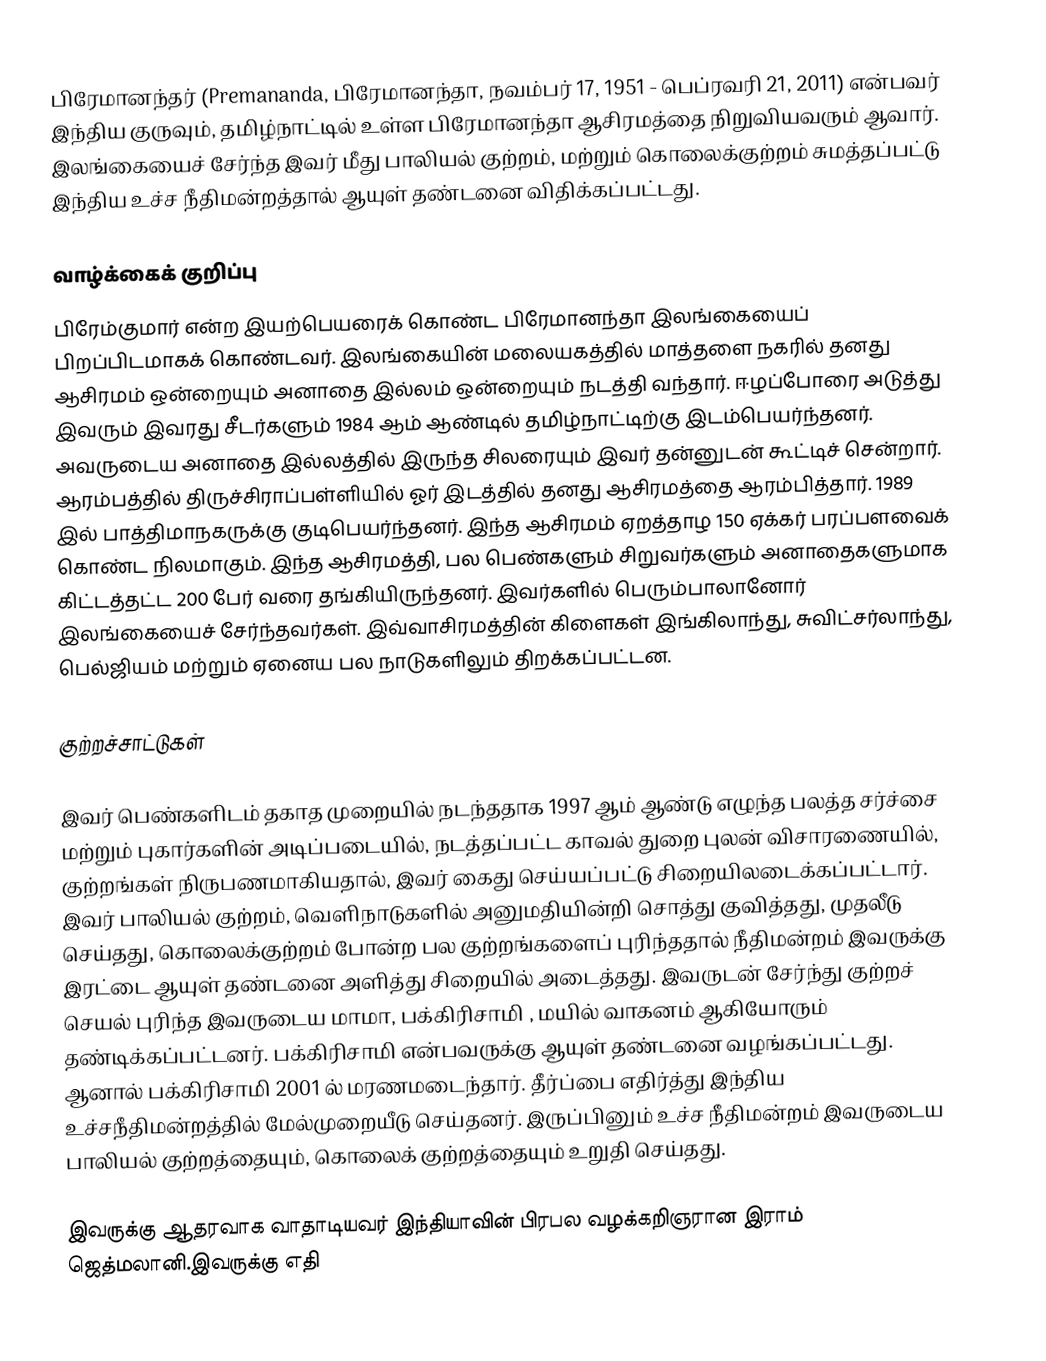
பிரேமானந்தர் (Premananda, பிரேமானந்தா, நவம்பர் 17, 1951 - பெப்ரவரி 21, 2011) என்பவர் இந்திய குருவும், தமிழ்நாட்டில் உள்ள பிரேமானந்தா ஆசிரமத்தை நிறுவியவரும் ஆவார். இலங்கையைச் சேர்ந்த இவர் மீது பாலியல் குற்றம், மற்றும் கொலைக்குற்றம் சுமத்தப்பட்டு இந்திய உச்ச நீதிமன்றத்தால் ஆயுள் தண்டனை விதிக்கப்பட்டது.

வாழ்க்கைக் குறிப்பு
பிரேம்குமார் என்ற இயற்பெயரைக் கொண்ட பிரேமானந்தா இலங்கையைப் பிறப்பிடமாகக் கொண்டவர். இலங்கையின் மலையகத்தில் மாத்தளை நகரில் தனது ஆசிரமம் ஒன்றையும் அனாதை இல்லம் ஒன்றையும் நடத்தி வந்தார். ஈழப்போரை அடுத்து இவரும் இவரது சீடர்களும் 1984 ஆம் ஆண்டில் தமிழ்நாட்டிற்கு இடம்பெயர்ந்தனர். அவருடைய அனாதை இல்லத்தில் இருந்த சிலரையும் இவர் தன்னுடன் கூட்டிச் சென்றார். ஆரம்பத்தில் திருச்சிராப்பள்ளியில் ஓர் இடத்தில் தனது ஆசிரமத்தை ஆரம்பித்தார். 1989 இல் பாத்திமாநகருக்கு குடிபெயர்ந்தனர். இந்த ஆசிரமம் ஏறத்தாழ 150 ஏக்கர் பரப்பளவைக் கொண்ட நிலமாகும். இந்த ஆசிரமத்தி, பல பெண்களும் சிறுவர்களும் அனாதைகளுமாக கிட்டத்தட்ட 200 பேர் வரை தங்கியிருந்தனர். இவர்களில் பெரும்பாலானோர் இலங்கையைச் சேர்ந்தவர்கள். இவ்வாசிரமத்தின் கிளைகள் இங்கிலாந்து, சுவிட்சர்லாந்து, பெல்ஜியம் மற்றும் ஏனைய பல நாடுகளிலும் திறக்கப்பட்டன.

குற்றச்சாட்டுகள்

இவர் பெண்களிடம் தகாத முறையில் நடந்ததாக 1997 ஆம் ஆண்டு  எழுந்த பலத்த சர்ச்சை மற்றும் புகார்களின் அடிப்படையில், நடத்தப்பட்ட காவல் துறை புலன் விசாரணையில், குற்றங்கள் நிருபணமாகியதால், இவர் கைது செய்யப்பட்டு சிறையிலடைக்கப்பட்டார். இவர் பாலியல் குற்றம், வெளிநாடுகளில் அனுமதியின்றி சொத்து குவித்தது, முதலீடு செய்தது, கொலைக்குற்றம் போன்ற பல குற்றங்களைப் புரிந்ததால் நீதிமன்றம் இவருக்கு இரட்டை ஆயுள் தண்டனை அளித்து சிறையில் அடைத்தது. இவருடன் சேர்ந்து குற்றச் செயல் புரிந்த இவருடைய மாமா, பக்கிரிசாமி , மயில் வாகனம் ஆகியோரும் தண்டிக்கப்பட்டனர். பக்கிரிசாமி என்பவருக்கு ஆயுள் தண்டனை வழங்கப்பட்டது. ஆனால் பக்கிரிசாமி 2001 ல் மரணமடைந்தார்.  தீர்ப்பை எதிர்த்து இந்திய உச்சநீதிமன்றத்தில் மேல்முறையீடு செய்தனர். இருப்பினும் உச்ச நீதிமன்றம் இவருடைய பாலியல் குற்றத்தையும், கொலைக் குற்றத்தையும் உறுதி செய்தது.

இவருக்கு ஆதரவாக வாதாடியவர் இந்தியாவின் பிரபல வழக்கறிஞரான இராம் ஜெத்மலானி.இவருக்கு எதி